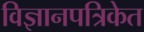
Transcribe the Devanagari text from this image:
विज्ञानपत्रिकेत